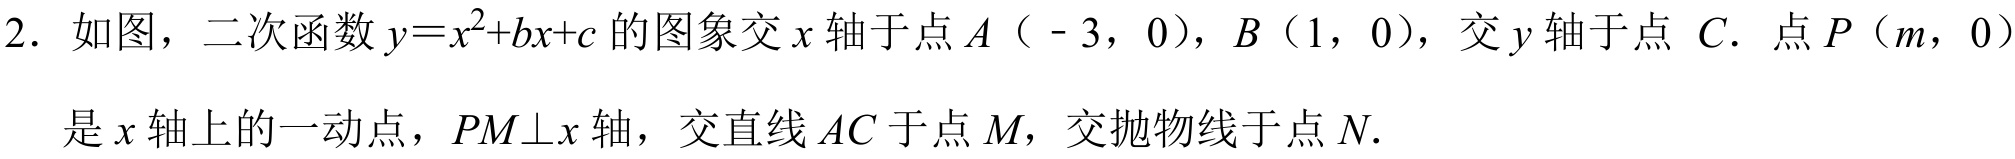
2. 如图，二次函数\(y = x^{2}+bx + c\)的图象交\(x\)轴于点\(A（ - 3,0）\)，\(B（1,0）\)，交\(y\)轴于点 \(C\). 点\(P（m,0）\)是\(x\)轴上的一动点，\(PM\perp x\)轴，交直线\(AC\)于点\(M\)，交抛物线于点\(N\).